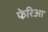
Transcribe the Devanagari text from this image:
फेरिआ